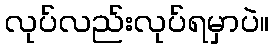
လုပ်လည်းလုပ်ရမှာပဲ။